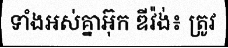
ទាំងអស់គ្នាអ៊ុក ឌីវ៉ង់៖ ត្រូវ